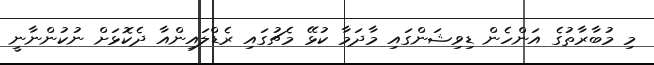
މި މުބާރާތުގެ އަންހެން ޑިވިޝަންގައި މާދަމާ ކުޅޭ މެޗުގައި ރެޑްލައިންއާ ދެކޮޅަށް ނުކުންނާނީ